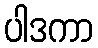
ပါဒကာ